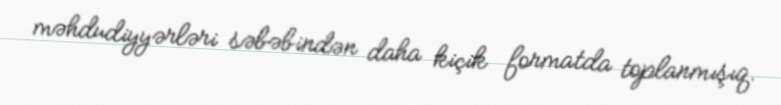
məhdudiyyərləri səbəbindən daha kiçik formatda toplanmışıq.